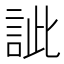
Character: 訿